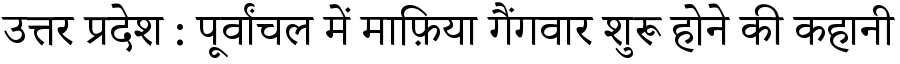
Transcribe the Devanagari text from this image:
उत्तर प्रदेश : पूर्वांचल में माफ़िया गैंगवार शुरू होने की कहानी